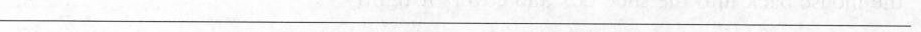
___